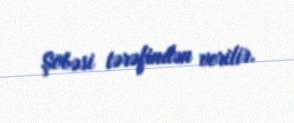
Şöbəsi tərəfindən verilir.